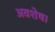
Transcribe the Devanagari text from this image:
अवशेष।